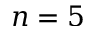
n = 5